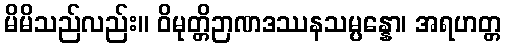
မိမိသည်လည်း။ ဝိမုတ္တိဉာဏဒဿနသမ္ပန္နော၊ အရဟတ္တ